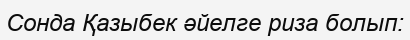
Сонда Қазыбек әйелге риза болып: